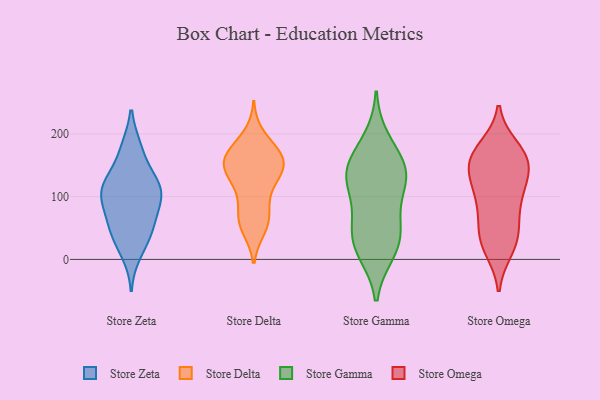
{"axis": {"x": "Inventory Turnover", "y": "Value"}, "legend": ["Store Delta", "Store Gamma", "Store Omega", "Store Zeta"], "data": [{"x": "", "y": 42, "type": "Store Zeta"}, {"x": "", "y": 130, "type": "Store Zeta"}, {"x": "", "y": 100, "type": "Store Zeta"}, {"x": "", "y": 98, "type": "Store Zeta"}, {"x": "", "y": 102, "type": "Store Zeta"}, {"x": "", "y": 111, "type": "Store Zeta"}, {"x": "", "y": 119, "type": "Store Zeta"}, {"x": "", "y": 56, "type": "Store Zeta"}, {"x": "", "y": 10, "type": "Store Zeta"}, {"x": "", "y": 126, "type": "Store Zeta"}, {"x": "", "y": 34, "type": "Store Zeta"}, {"x": "", "y": 82, "type": "Store Zeta"}, {"x": "", "y": 176, "type": "Store Zeta"}, {"x": "", "y": 177, "type": "Store Zeta"}, {"x": "", "y": 54, "type": "Store Zeta"}, {"x": "", "y": 153, "type": "Store Delta"}, {"x": "", "y": 139, "type": "Store Delta"}, {"x": "", "y": 57, "type": "Store Delta"}, {"x": "", "y": 151, "type": "Store Delta"}, {"x": "", "y": 115, "type": "Store Delta"}, {"x": "", "y": 143, "type": "Store Delta"}, {"x": "", "y": 168, "type": "Store Delta"}, {"x": "", "y": 60, "type": "Store Delta"}, {"x": "", "y": 148, "type": "Store Delta"}, {"x": "", "y": 165, "type": "Store Delta"}, {"x": "", "y": 174, "type": "Store Delta"}, {"x": "", "y": 50, "type": "Store Delta"}, {"x": "", "y": 122, "type": "Store Delta"}, {"x": "", "y": 90, "type": "Store Delta"}, {"x": "", "y": 69, "type": "Store Delta"}, {"x": "", "y": 197, "type": "Store Delta"}, {"x": "", "y": 164, "type": "Store Delta"}, {"x": "", "y": 51, "type": "Store Gamma"}, {"x": "", "y": 147, "type": "Store Gamma"}, {"x": "", "y": 64, "type": "Store Gamma"}, {"x": "", "y": 10, "type": "Store Gamma"}, {"x": "", "y": 126, "type": "Store Gamma"}, {"x": "", "y": 107, "type": "Store Gamma"}, {"x": "", "y": 29, "type": "Store Gamma"}, {"x": "", "y": 144, "type": "Store Gamma"}, {"x": "", "y": 192, "type": "Store Gamma"}, {"x": "", "y": 10, "type": "Store Gamma"}, {"x": "", "y": 136, "type": "Store Gamma"}, {"x": "", "y": 122, "type": "Store Gamma"}, {"x": "", "y": 165, "type": "Store Gamma"}, {"x": "", "y": 44, "type": "Store Gamma"}, {"x": "", "y": 28, "type": "Store Omega"}, {"x": "", "y": 156, "type": "Store Omega"}, {"x": "", "y": 157, "type": "Store Omega"}, {"x": "", "y": 130, "type": "Store Omega"}, {"x": "", "y": 25, "type": "Store Omega"}, {"x": "", "y": 177, "type": "Store Omega"}, {"x": "", "y": 105, "type": "Store Omega"}, {"x": "", "y": 157, "type": "Store Omega"}, {"x": "", "y": 86, "type": "Store Omega"}, {"x": "", "y": 172, "type": "Store Omega"}, {"x": "", "y": 163, "type": "Store Omega"}, {"x": "", "y": 50, "type": "Store Omega"}, {"x": "", "y": 17, "type": "Store Omega"}, {"x": "", "y": 138, "type": "Store Omega"}, {"x": "", "y": 46, "type": "Store Omega"}, {"x": "", "y": 89, "type": "Store Omega"}, {"x": "", "y": 115, "type": "Store Omega"}]}